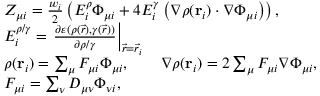
\begin{array} { r l } & { Z _ { \mu i } = \frac { w _ { i } } { 2 } \left( E _ { i } ^ { \rho } \Phi _ { \mu i } + 4 E _ { i } ^ { \gamma } \left( \nabla \rho ( \mathbf { r } _ { i } ) \cdot \nabla \Phi _ { \mu i } \right) \right) , } \\ & { E _ { i } ^ { \rho / \gamma } = \left. \frac { \partial \varepsilon ( \rho ( \vec { r } ) , \gamma ( \vec { r } ) ) } { \partial \rho / \gamma } \right\vert _ { \vec { r } = \vec { r } _ { i } } } \\ & { \rho ( \ensuremath \mathbf { r } _ { i } ) = \sum _ { \mu } F _ { \mu i } \Phi _ { \mu i } , \qquad \nabla \rho ( \ensuremath \mathbf { r } _ { i } ) = 2 \sum _ { \mu } F _ { \mu i } \nabla \Phi _ { \mu i } , } \\ & { F _ { \mu i } = \sum _ { \nu } D _ { \mu \nu } \Phi _ { \nu i } , } \end{array}